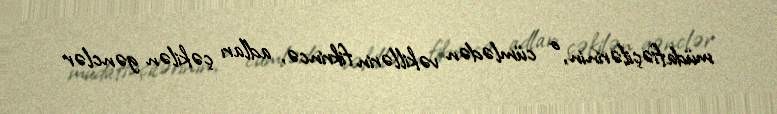
müdafiəçilərinin, o cümlədən vəkillərin fikrincə, adları çəkilən gənclər